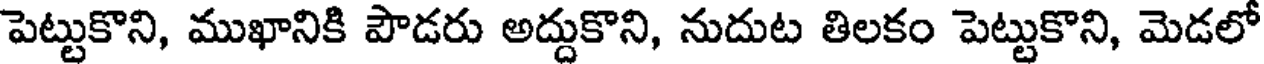
పెట్టుకొని, ముఖానికి పౌడరు అద్దుకొని, నుదుట తిలకం పెట్టుకొని, మెడలో